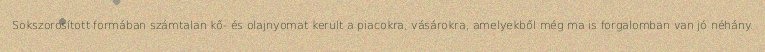
Sokszorosított formában számtalan kő- és olajnyomat került a piacokra, vásárokra, amelyekből még ma is forgalomban van jó néhány.